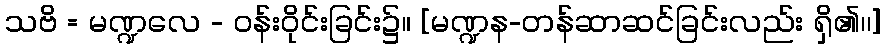
သဗိ = မဏ္ဍလေ - ဝန်းဝိုင်းခြင်း၌။ [မဏ္ဍန-တန်ဆာဆင်ခြင်းလည်း ရှိ၏၊၊]